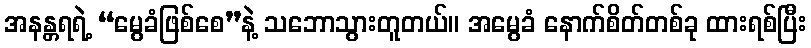
အနန္တရရဲ့ “မွေခံဖြစ်စေ”နဲ့ သဘောသွားတူတယ်။ အမွေခံ နောက်စိတ်တစ်ခု ထားရစ်ပြီး